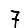
Digit: 7